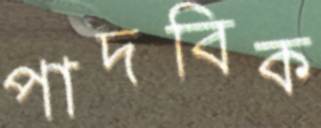
পাদবিক